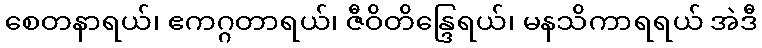
စေတနာရယ်၊ ဧကဂ္ဂတာရယ်၊ ဇီဝိတိန္ဒြေရယ်၊ မနသိကာရရယ် အဲဒီ